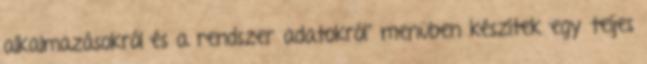
alkalmazásokról és a rendszer adatokról" menüben készítek egy teljes